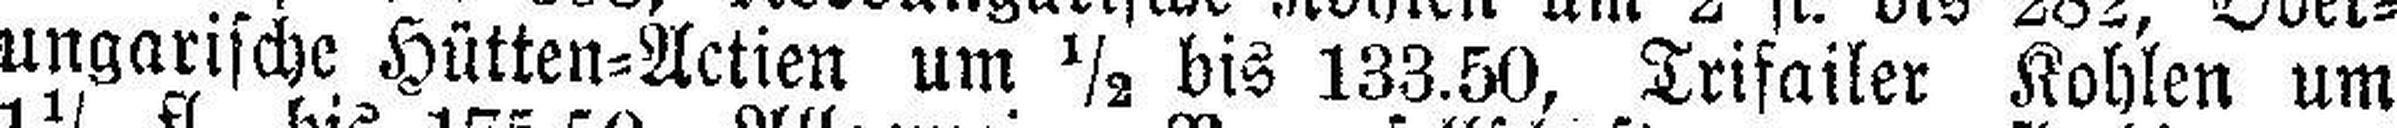
ungarische Hütten=Actien um ½ bis 133.50, Trifailer Kohlen um